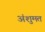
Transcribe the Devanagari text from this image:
अंशुमत